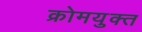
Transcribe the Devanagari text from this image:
क्रोमयुक्त